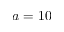
a = 1 0